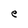
Character: e